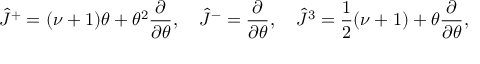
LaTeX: \hat { J } ^ { + } = ( \nu + 1 ) \theta + \theta ^ { 2 } \frac { \partial } { \partial \theta } , \quad \hat { J } ^ { - } = \frac { \partial } { \partial \theta } , \quad \hat { J } ^ { 3 } = \frac { 1 } { 2 } ( \nu + 1 ) + \theta \frac { \partial } { \partial \theta } ,